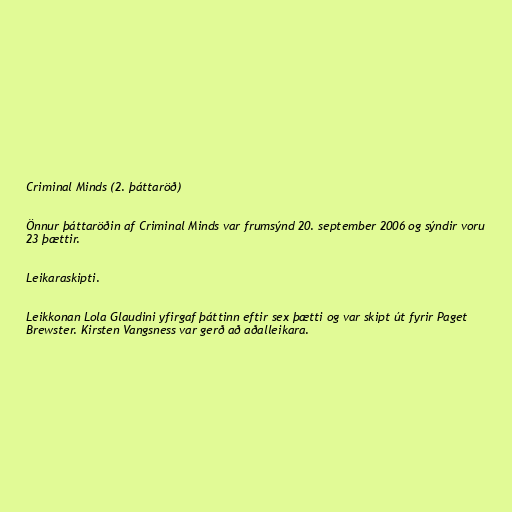
Criminal Minds (2. þáttaröð)

Önnur þáttaröðin af Criminal Minds var frumsýnd 20. september 2006 og sýndir voru
23 þættir.

Leikaraskipti.

Leikkonan Lola Glaudini yfirgaf þáttinn eftir sex þætti og var skipt út fyrir Paget
Brewster. Kirsten Vangsness var gerð að aðalleikara.